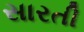
સારતી